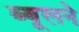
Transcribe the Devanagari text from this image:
ब्यूलने